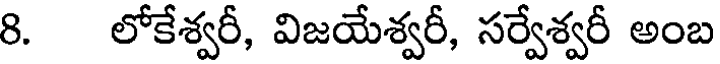
8. లోకేశ్వరీ, విజయేశ్వరీ, సర్వేశ్వరీ అంబ